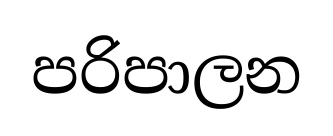
පරිපාලන